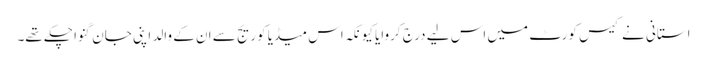
استانی نے کیس کورٹ میں اس لیے درج کروایا کیونکہ اس میڈیا کوریج سے ان کے والد اپنی جان گنوا چکے تھے۔